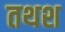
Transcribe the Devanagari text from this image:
तथश